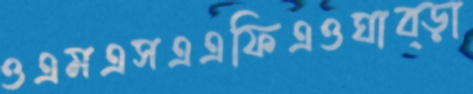
ওএমএসএএফিএওঘাব্‌ড়া